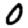
Digit: 0